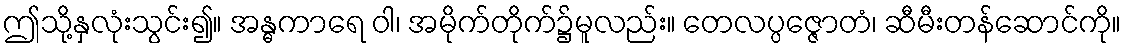
ဤသို့နှလုံးသွင်း၍။ အန္ဓကာရေ ဝါ၊ အမိုက်တိုက်၌မူလည်း။ တေလပ္ပဇ္ဇောတံ၊ ဆီမီးတန်ဆောင်ကို။